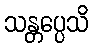
သန္တပ္ပေသိ